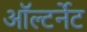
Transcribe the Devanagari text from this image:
ऑल्टर्नेट